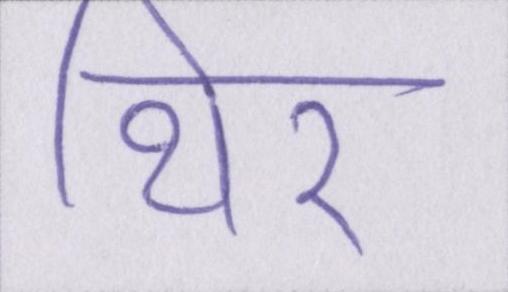
थिर